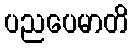
ပညပေမာတိ